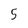
Character: 5